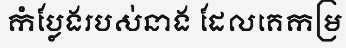
កំប្លែងរបស់នាង ដែលគេកម្រ